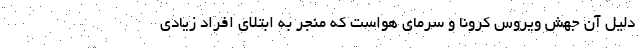
دلیل آن جهش ویروس کرونا و سرمای هواست که منجر به ابتلای افراد زیادی